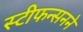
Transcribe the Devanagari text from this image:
स्टीफन्सनने